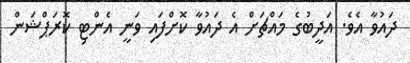
ދައުވާ އެވެ. އަދީބުގެ މައްޗަށް އެ ދައުވާ ކޮށްފައި ވަނީ އެންޓި ކޮރަޕްޝަން